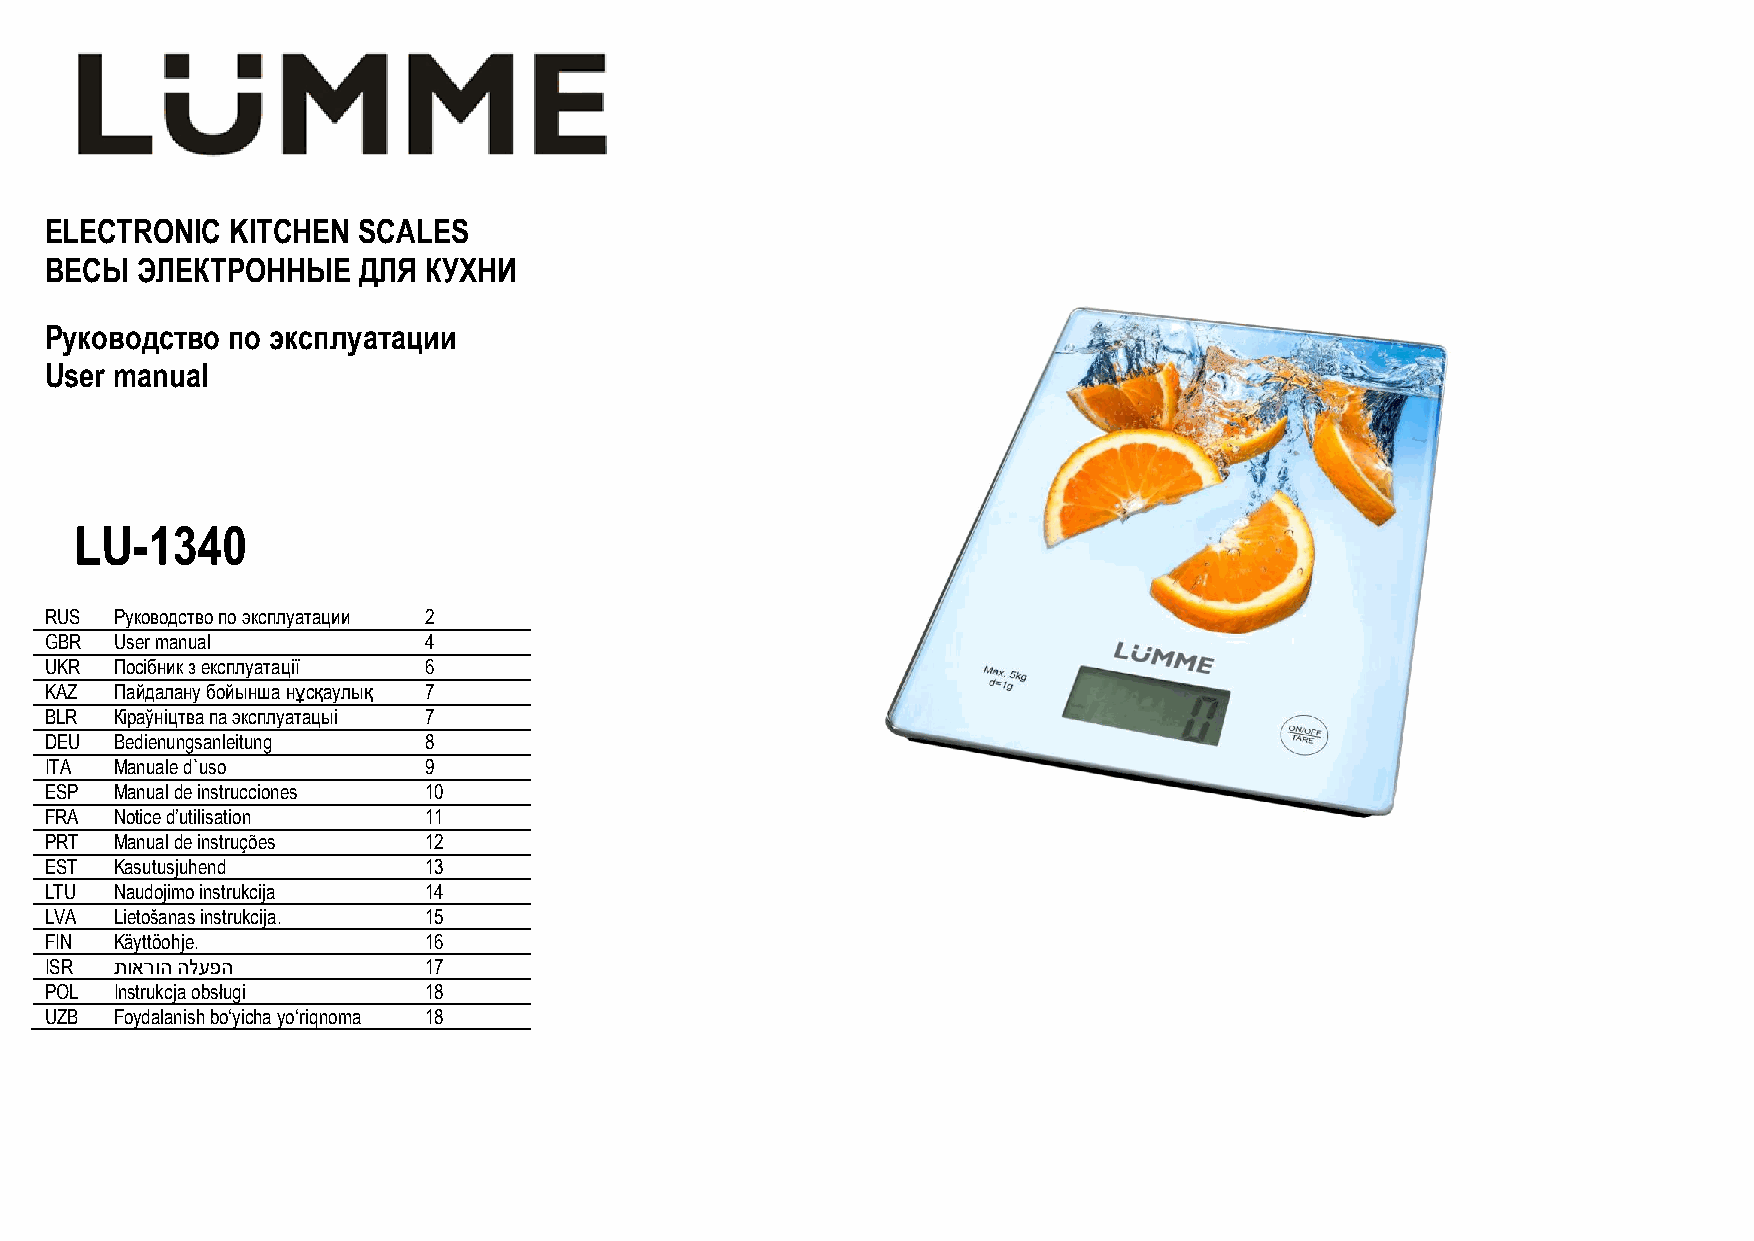
ELECTRONIC  KITCHEN  SCALES
 ВЕСЫ  ЭЛЕКТРОННЫЕ    ДЛЯ КУХНИ
 Руководство по эксплуатации
 User manual
 LU-1340
 RUS  Руководство по эксплуатации 2
 GBR  User manual         4
 UKR  Посібник з експлуатації 6
 KAZ  Пайдалану бойынша нұсқаулық 7
 BLR  Кіраўніцтва па эксплуатацыі 7
 DEU  Bedienungsanleitung 8
 ITA  Manuale d`uso       9
 ESP  Manual de instrucciones 10
 FRA  Notice d‟utilisation 11
 PRT  Manual de instruções 12
 EST  Kasutusjuhend       13
 LTU  Naudojimo instrukcija 14
 LVA  Lietošanas instrukcija. 15
 FIN  Käyttöohje.         16
 ISR  תוארוה הלעפה        17
 POL  Instrukcja obsługi  18
 UZB  Foydalanish bo„yicha yo„riqnoma 18